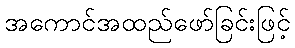
အကောင်အထည်ဖော်ခြင်းဖြင့်